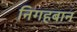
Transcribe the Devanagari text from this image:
निगहबान